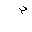
Letter: _mim